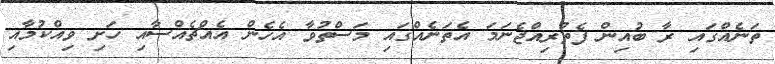
ތަނެއްގައި ރާ ބުއިން ފެތުރިއްޖެނަމަ އެތަނެއްގައި މަސްތުވާ އެހެން އެއްޗެއްސާއި ހަށި ވިއްކުމާއި